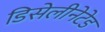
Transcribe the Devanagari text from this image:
डिसेलीनेटेड